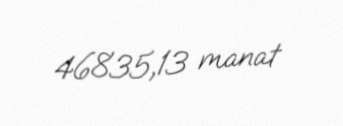
46835,13 manat